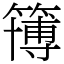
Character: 簙